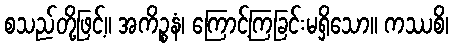
စသည်တို့ဖြင့်။ အကိဉ္စနံ၊ ကြောင့်ကြခြင်းမရှိသော။ ကဿစိ၊